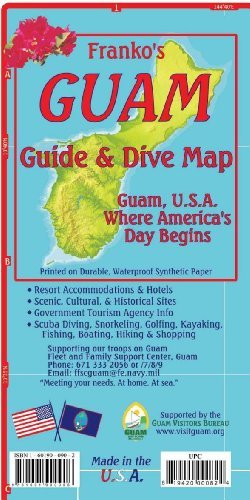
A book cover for By Franko Maps Ltd. Guam U.S.A. Guide & Dive Map - Waterproof Map (2nd Edition); Travel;